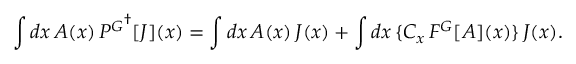
\int d x \, A ( x ) \, { P ^ { \cal G } } ^ { \dagger } [ J ] ( x ) = \int d x \, A ( x ) \, J ( x ) + \int d x \, \{ C _ { x } \, F ^ { \cal G } [ A ] ( x ) \} \, J ( x ) .